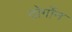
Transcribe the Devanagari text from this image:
दोर्गोन